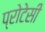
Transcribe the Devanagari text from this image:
प्रोटेसी